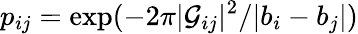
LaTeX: p_{ij}=\exp(-2\pi|{\cal G}_{ij}|^{2}/|b_{i}-b_{j}|)